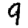
Digit: 9